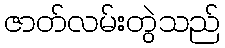
ဇာတ်လမ်းတွဲသည်